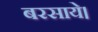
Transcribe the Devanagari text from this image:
बरसाये।